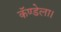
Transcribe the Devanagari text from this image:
कॅण्डेला।